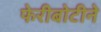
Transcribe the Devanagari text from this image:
फेरीबोटीने